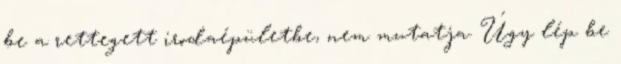
be a rettegett irodaépületbe, nem mutatja. Úgy lép be